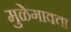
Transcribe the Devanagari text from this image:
मुळेगावचा